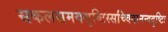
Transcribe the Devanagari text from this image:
सकलसमयसृष्टिस्सच्चिदानन्ददृष्टिः